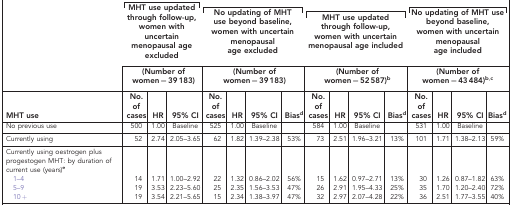
<table><thead><tr><td>[EMPTY_CELL]</td><td colspan="3"><b>MHT use updated through follow-up, women with uncertain menopausal age excluded</b></td><td colspan="4"><b>No updating of MHT use beyond baseline, women with uncertain menopausal age excluded</b></td><td colspan="4"><b>MHT use updated through follow-up, women with uncertain menopausal age included</b></td><td colspan="4"><b>No updating of MHT use beyond baseline, women with uncertain menopausal age included</b></td></tr><tr><td>[EMPTY_CELL]</td><td colspan="3"><b>(Number of women=39 183)</b></td><td colspan="4"><b>(Number of women=39 183)</b></td><td colspan="4"><b>(Number of women=52 587)b</b></td><td colspan="4"><b>(Number of women=43 484)b<sup>,</sup>c</b></td></tr><tr><td><b>MHT use</b></td><td><b>No. of cases</b></td><td><b>HR</b></td><td><b>95% CI</b></td><td><b>No. of cases</b></td><td><b>HR</b></td><td><b>95% CI</b></td><td><b>Biasd</b></td><td><b>No. of cases</b></td><td><b>HR</b></td><td><b>95% CI</b></td><td><b>Biasd</b></td><td><b>No. of cases</b></td><td><b>HR</b></td><td><b>95% CI</b></td><td><b>Biasd</b></td></tr></thead><tbody><tr><td>No previous use</td><td>500</td><td>1.00</td><td>Baseline</td><td>525</td><td>1.00</td><td>Baseline</td><td>[EMPTY_CELL]</td><td>584</td><td>1.00</td><td>Baseline</td><td>[EMPTY_CELL]</td><td>531</td><td>1.00</td><td>Baseline</td><td>[EMPTY_CELL]</td></tr><tr><td>Currently using</td><td>52</td><td>2.74</td><td>2.05–3.65</td><td>62</td><td>1.82</td><td>1.39–2.38</td><td>53%</td><td>73</td><td>2.51</td><td>1.96–3.21</td><td>13%</td><td>101</td><td>1.71</td><td>1.38–2.13</td><td>59%</td></tr><tr><td>Currently using oestrogen plus progestogen MHT: by duration of current use (years)e</td><td>[EMPTY_CELL]</td><td>[EMPTY_CELL]</td><td>[EMPTY_CELL]</td><td>[EMPTY_CELL]</td><td>[EMPTY_CELL]</td><td>[EMPTY_CELL]</td><td>[EMPTY_CELL]</td><td>[EMPTY_CELL]</td><td>[EMPTY_CELL]</td><td>[EMPTY_CELL]</td><td>[EMPTY_CELL]</td><td>[EMPTY_CELL]</td><td>[EMPTY_CELL]</td><td>[EMPTY_CELL]</td><td>[EMPTY_CELL]</td></tr><tr><td> 1–4</td><td>14</td><td>1.71</td><td>1.00–2.92</td><td>22</td><td>1.32</td><td>0.86–2.02</td><td>56%</td><td>15</td><td>1.62</td><td>0.97–2.71</td><td>13%</td><td>30</td><td>1.26</td><td>0.87–1.82</td><td>63%</td></tr><tr><td> 5–9</td><td>19</td><td>3.53</td><td>2.23–5.60</td><td>25</td><td>2.35</td><td>1.56–3.53</td><td>47%</td><td>26</td><td>2.91</td><td>1.95–4.33</td><td>25%</td><td>35</td><td>1.70</td><td>1.20–2.40</td><td>72%</td></tr><tr><td> 10+</td><td>19</td><td>3.54</td><td>2.21–5.65</td><td>15</td><td>2.34</td><td>1.38–3.97</td><td>47%</td><td>32</td><td>2.97</td><td>2.07–4.28</td><td>22%</td><td>36</td><td>2.51</td><td>1.77–3.55</td><td>40%</td></tr></tbody></table>